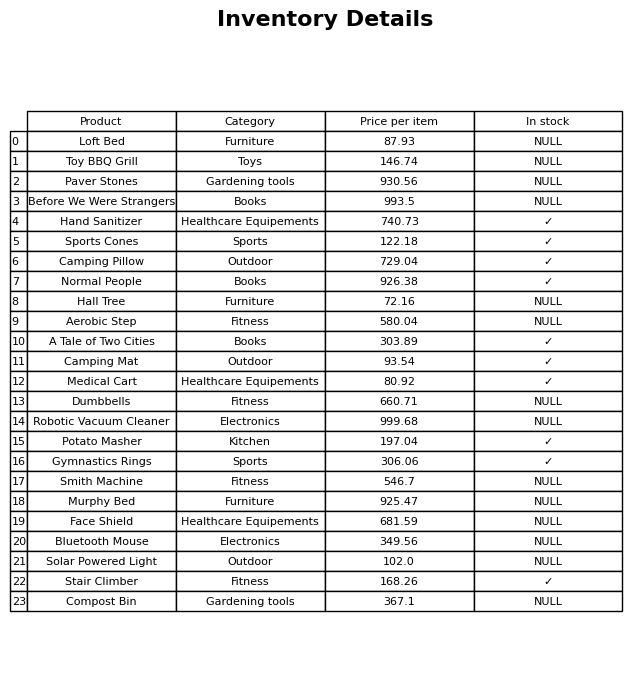
question: Which products are currently out of stock?
answer: Loft Bed, Toy BBQ Grill, Paver Stones, Before We Were Strangers, Hall Tree, Aerobic Step, Dumbbells, Robotic Vacuum Cleaner, Smith Machine, Murphy Bed, Face Shield, Bluetooth Mouse, Solar Powered Light, Compost Bin